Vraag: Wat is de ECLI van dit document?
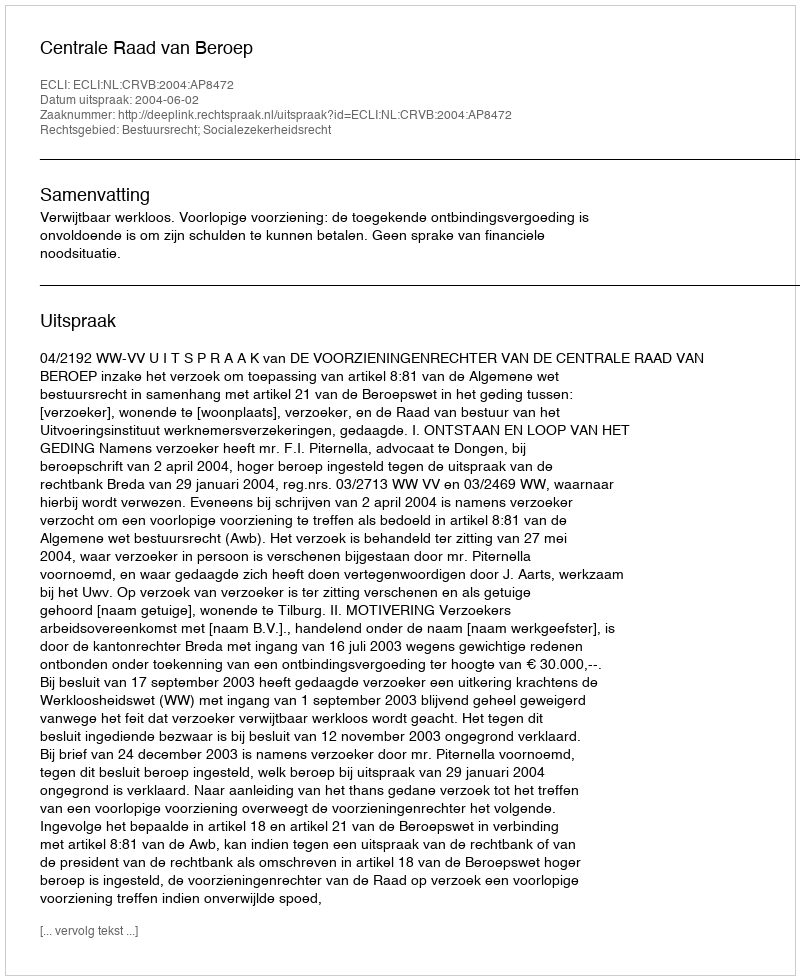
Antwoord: ECLI:NL:CRVB:2004:AP8472